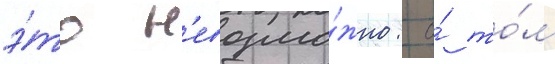
э́то н'евозмо́жно: о́ то́м